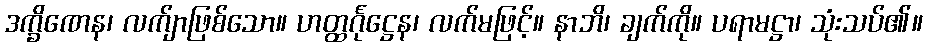
ဒက္ခိဏေန၊ လက်ျာဖြစ်သော။ ဟတ္ထင်္ဂုဋ္ဌေန၊ လက်မဖြင့်။ နာဘိ၊ ချက်ကို။ ပရာမဋ္ဌာ၊ သုံးသပ်၏။